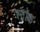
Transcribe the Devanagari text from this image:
स्ट्रॉक